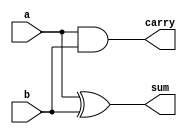
`timescale 1ns / 1ps
//////////////////////////////////////////////////////////////////////////////////
// Company: 
// Engineer: 
// 
// Design Name: 
// Module Name:    vedic_mul 
// Project Name: 
// Target Devices: 
// Tool versions: 
// Description: 
//
// Dependencies: 
//
// Revision: 
// Revision 0.01 - File Created
// Additional Comments: 
//
//////////////////////////////////////////////////////////////////////////////////

//implementation of 2-bit vedic multiplier
module ha(input a,b,output sum,carry);
assign sum= a^b;
assign carry= a&b;
endmodule

module vedic_mul_2x2(a,b,y);
input [1:0] a,b;
output [3:0] y;
wire [3:0] y;
wire [3:0] temp;
assign y[0]= a[0] & b[0];
assign temp[0]= a[1] & b[0];
assign temp[1]= a[0] & b[1];
assign temp[2]= a[1] & b[1];

ha h1(temp[0],temp[1],y[1],temp[3]);
ha h2(temp[2],temp[3],y[2],y[3]);

endmodule

//---------------------------------------------------------------------------------

//implementation of 4-bit vedic multiplier
module sum_4(input [3:0] a,b, output [3:0] sum);
assign sum= a+b;
endmodule

module sum_6(input [5:0] a,b, output [5:0] sum);
assign sum= a+b;
endmodule

module vedic_mul_4x4 (a,b,y);
input [3:0] a,b;
output [7:0] y;
wire [7:0] y;
wire [3:0] q0;
wire [3:0] q1;
wire [3:0] q2;
wire [3:0] q3;
wire [3:0] q4;
wire [5:0] q5;
wire [5:0] q6;
wire [3:0] temp1;
wire [5:0] temp2;
wire [5:0] temp3;
wire [5:0] temp4;

vedic_mul_2x2 v1(a[1:0],b[1:0],q0);
vedic_mul_2x2 v2(a[3:2],b[1:0],q1);
vedic_mul_2x2 v3(a[1:0],b[3:2],q2);
vedic_mul_2x2 v4(a[3:2],b[3:2],q3);

assign temp1= {2'b00,q0[3:2]};
assign temp2= {2'b00,q2[3:0]};
assign temp3= {q3[3:0],2'b00};

sum_4 s1(temp1,q1,q4);
sum_6 s2(temp2,temp3,q5);

assign temp4= {2'b00,q4[3:0]};
sum_6 s3(q5,temp4,q6);

assign y[1:0]= q0[1:0];
assign y[7:2]= q6[5:0];

endmodule 

//---------------------------------------------------------------------------------

//implementation of 8-bit multiplier
module sum_8(input [7:0]a,b, output [7:0] sum);
assign sum= a+b;
endmodule

module sum_12(input [11:0]a,b, output [11:0] sum);
assign sum= a+b;
endmodule

module vedic_mul(a,b,y);
input [7:0] a,b;
output [15:0] y;
wire [15:0] y;
wire [7:0] q0;
wire [7:0] q1;
wire [7:0] q2;
wire [7:0] q3;
wire [7:0] q4;
wire [11:0] q5;
wire [11:0] q6;
wire [7:0] temp1;
wire [11:0] temp2;
wire [11:0] temp3;
wire [11:0] temp4;

vedic_mul_4x4 ve1(a[3:0],b[3:0],q0);
vedic_mul_4x4 ve2(a[7:4],b[3:0],q1);
vedic_mul_4x4 ve3(a[3:0],b[7:4],q2);
vedic_mul_4x4 ve4(a[7:4],b[7:4],q3);

assign temp1= {4'b0000,q0[7:4]};
assign temp2= {4'b0000,q2[7:0]};
assign temp3= {q3[7:0],4'b0000};

sum_8 s4(temp1,q1,q4);
sum_12 s5(temp2,temp3,q5);

assign temp4= {4'b0000,q4[7:0]};
sum_12 s6(q5,temp4,q6);

assign y[3:0]= q0[3:0];
assign y[15:4]= q6[11:0];

endmodule